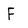
Character: F